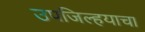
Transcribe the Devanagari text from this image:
उपजिल्हयाचा